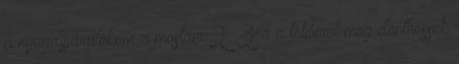
a nyugdíjjárulékom a mostani 2 3-a a többiről meg dönthessek